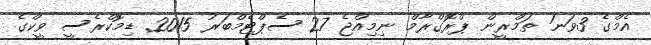
އެމްގެ 3ވަނަ ތަމްރީން ޕްރޮގްރާމް ނިމިއްޖެ 27 ސެޕްޓެމްބަރު 2015